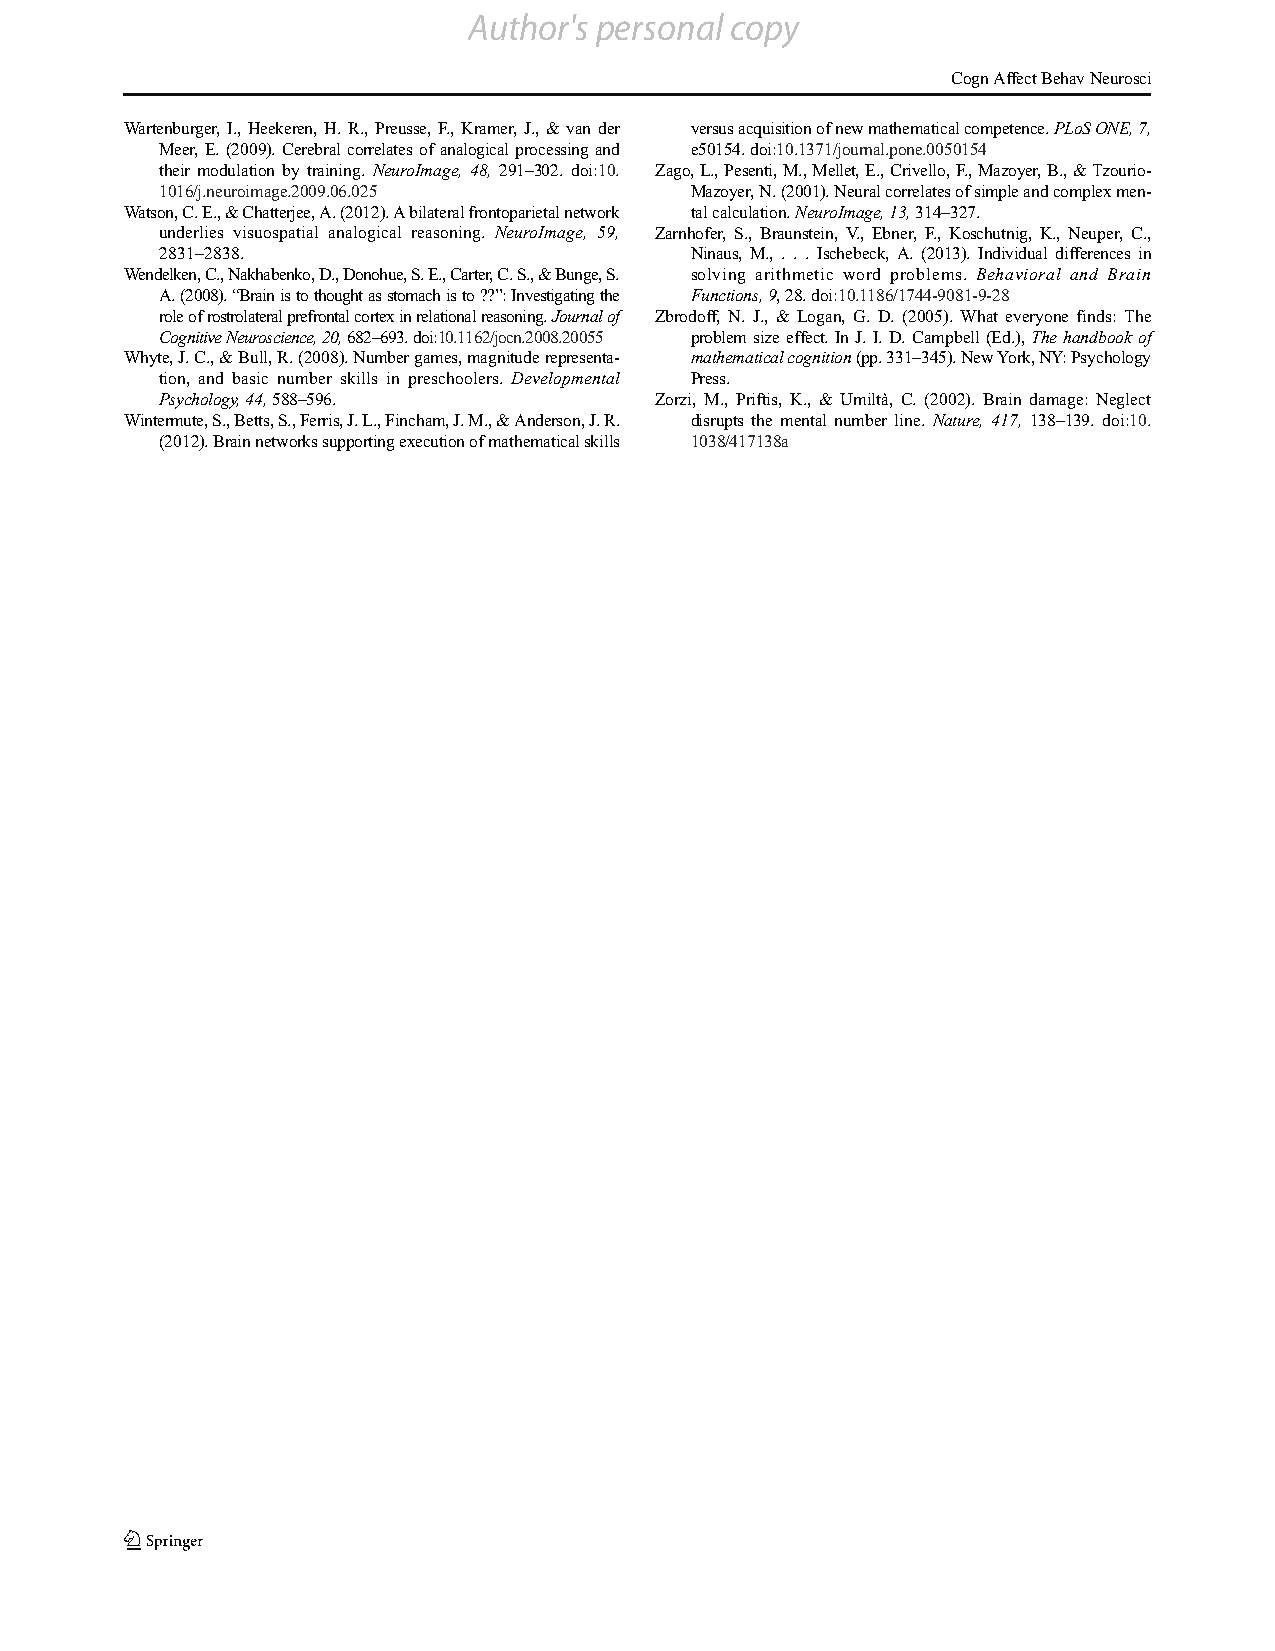
Author's personal copy
 CognAffectBehavNeurosci
 Wartenburger, I., Heekeren, H. R., Preusse, F., Kramer, J., & van der versusacquisitionofnewmathematicalcompetence.PLoSONE,7,
 Meer, E. (2009). Cerebral correlatesofanalogical processingand e50154.doi:10.1371/journal.pone.0050154
 their modulation by training. NeuroImage, 48, 291–302. doi:10. Zago,L.,Pesenti,M.,Mellet,E.,Crivello,F.,Mazoyer,B.,&Tzourio-
 1016/j.neuroimage.2009.06.025      Mazoyer,N.(2001).Neuralcorrelatesofsimpleandcomplexmen-
 Watson,C.E.,&Chatterjee,A.(2012).Abilateralfrontoparietalnetwork talcalculation.NeuroImage,13,314–327.
 underlies visuospatial analogical reasoning. NeuroImage, 59, Zarnhofer, S., Braunstein, V., Ebner, F., Koschutnig, K., Neuper, C.,
 2831–2838.                         Ninaus, M., . . . Ischebeck, A. (2013). Individual differences in
 Wendelken,C.,Nakhabenko,D.,Donohue,S.E.,Carter,C.S.,&Bunge,S. solving arithmetic word problems. Behavioral and Brain
 A.(2008).“Brainistothoughtasstomachisto??”:Investigatingthe Functions,9,28.doi:10.1186/1744-9081-9-28
 roleofrostrolateralprefrontalcortexinrelationalreasoning.Journalof Zbrodoff, N. J., & Logan, G. D. (2005). What everyone finds: The
 CognitiveNeuroscience,20,682–693.doi:10.1162/jocn.2008.20055 problem sizeeffect. In J. I. D. Campbell (Ed.),The handbook of
 Whyte,J.C.,&Bull,R.(2008).Numbergames,magnituderepresenta- mathematicalcognition(pp.331–345).NewYork,NY:Psychology
 tion, and basic number skills in preschoolers. Developmental Press.
 Psychology,44,588–596.          Zorzi, M., Priftis, K., & Umiltà, C. (2002). Brain damage: Neglect
 Wintermute,S.,Betts,S.,Ferris,J.L.,Fincham,J.M.,&Anderson,J.R. disrupts the mental number line. Nature, 417, 138–139. doi:10.
 (2012).Brainnetworkssupportingexecutionofmathematicalskills 1038/417138a